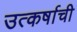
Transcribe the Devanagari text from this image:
उत्कर्षाची